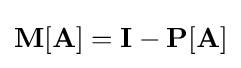
\mathbf {M} [\mathbf {A} ]=\mathbf {I} -\mathbf {P} [\mathbf {A} ]